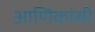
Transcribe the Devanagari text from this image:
आणिकांसी